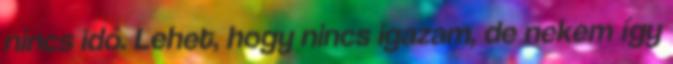
nincs idő. Lehet, hogy nincs igazam, de nekem így